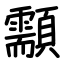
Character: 顬